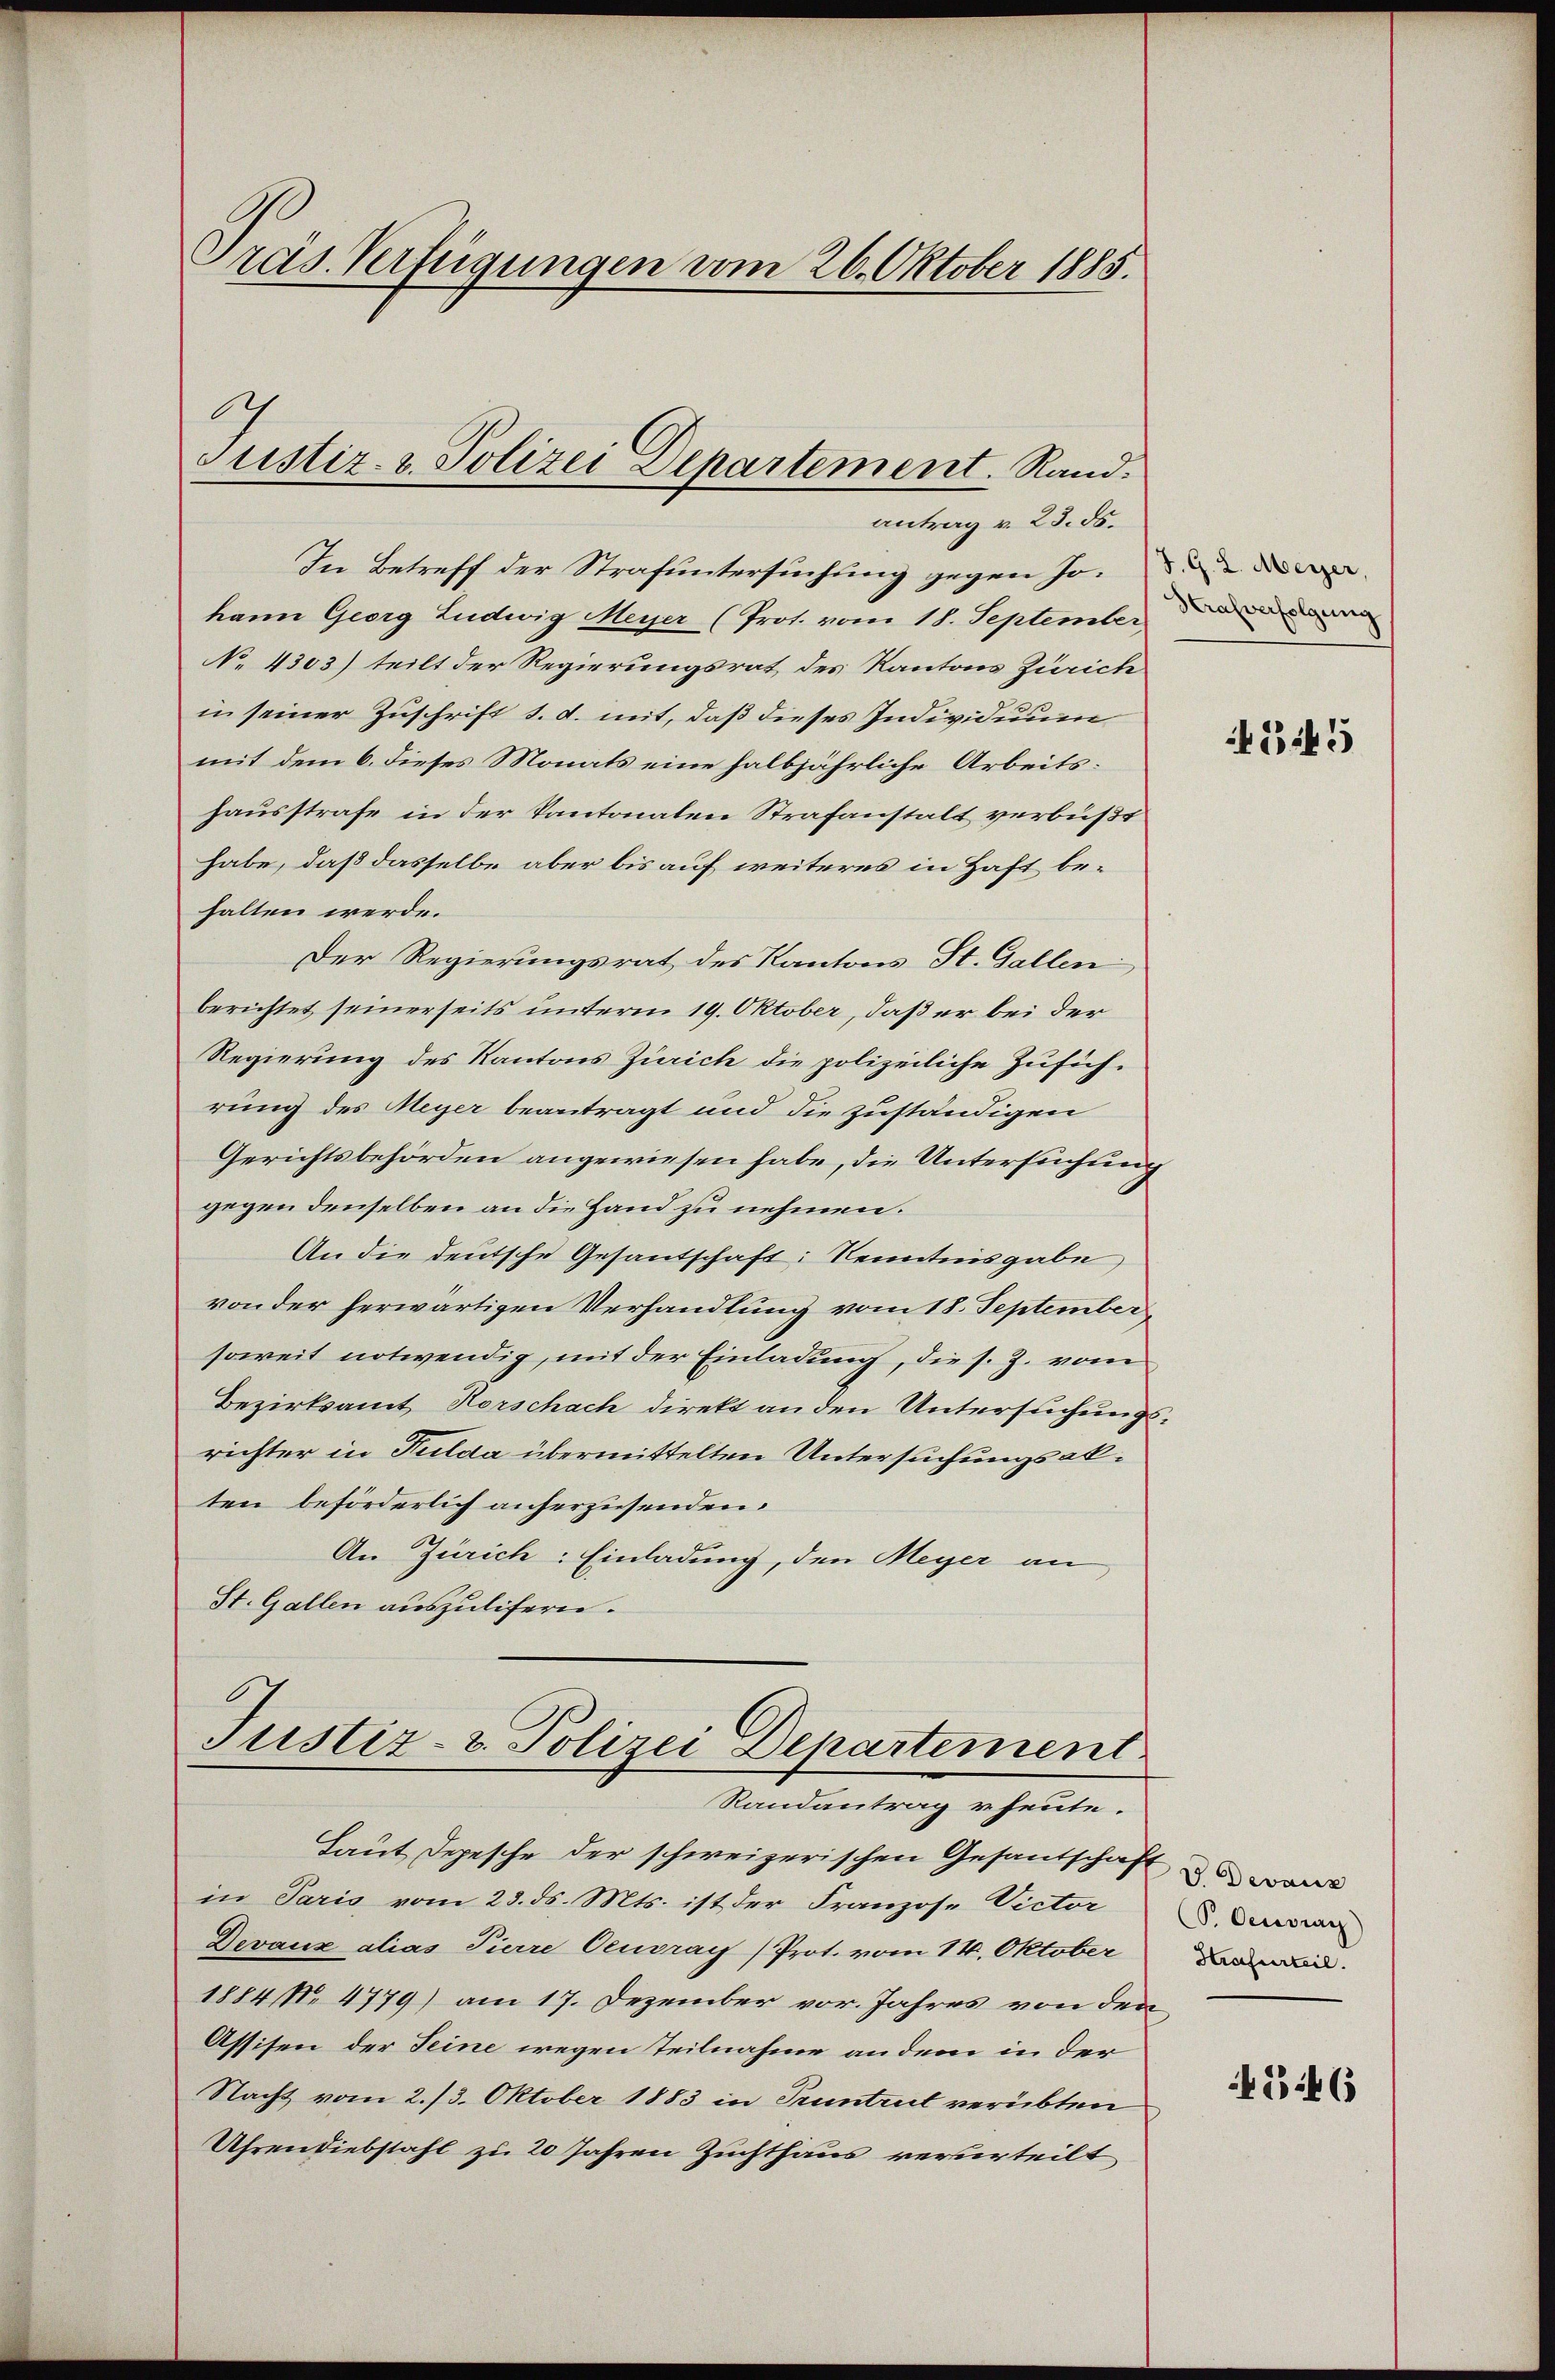
Gräs. Verfügungen vom 26. Oktober 1885.

In Betreff der Strafuntersuchung gegen Jo
kann Georg Ludwig Meyer (Prot. vom 18. September d
No. 4303) teilt der Regierungsrat des Kantons Zürich
in seiner Zuschrift d. d. mit, daß dieses Individuum
mit dem 6. dieses Monats eine halbjährliche Arbeitshausstrafe in der Kantonalen Strafanstalt verbußt
habe, daß dasselbe aber bis auf weiteres in Haft behalten werde.
Der Regierungsrat des Kantons St. Gallen,
berichtet seinerseits unterm 19. Oktober, daß er bei der
Regierung des Kantons Zürich die polizeiliche Zusichrung des Meyer beantragt und die zuständigen
Gerichtsbehörden angewiesen habe, die Untersuchung
gegen denselben an die Hand zu nehmen.
An die deutsche Gesandschaft: Kenntnisgabe
von der herwärtigen Verhandlung vom 18. September
soweit notwendig, mit der Einladung, die s. Z. vom
Bezirksamt Horschach direkt an den Untersuchungsrichter in Fulda übermittelten Untersuchungsakten beförderlich anherzusenden.
An Zürich: Einladung, den Meyer an
St. Gallen auszulifern.

Justiz- u. Polizei Departement. Rand:
antrag v. 23. ds.

Justiz- & Polizei Departement
Randantrag u. heute.

Laut Depesche der schweizerischen Gesandschaft
in Paris vom 23. ds. Mts. ist der Franzose Victor
Devaux alias Pierre Oeuoray) Prot. vom 14. Oktober
1884 No. 4779) am 17. Dezember vor. Jahres von den
Assisen der Seine wegen Teilnahme an dem in der
Nacht vom 2. 13. Oktober 1883 in Pruntrut verübten
Uhrendiebstahl zu 20 Jahren Zuchthaus verurteilt

625

V. Devanz
CP. Ceuvrag
Strafurteil.

G.46